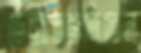
ডেক্সটগুনিতেন